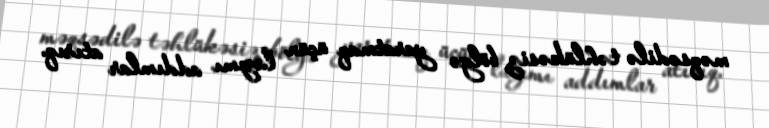
məqsədilə təhlükəsiz bölgə yaratmaq üçün lazımı addımlar atırıq.